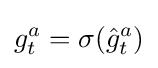
g_{t}^{a}=\sigma ({\hat {g}}_{t}^{a})